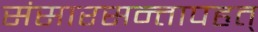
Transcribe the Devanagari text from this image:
संसारसन्तापहृत्